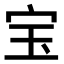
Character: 宝